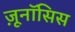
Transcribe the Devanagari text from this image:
ज़ूनॉसिस